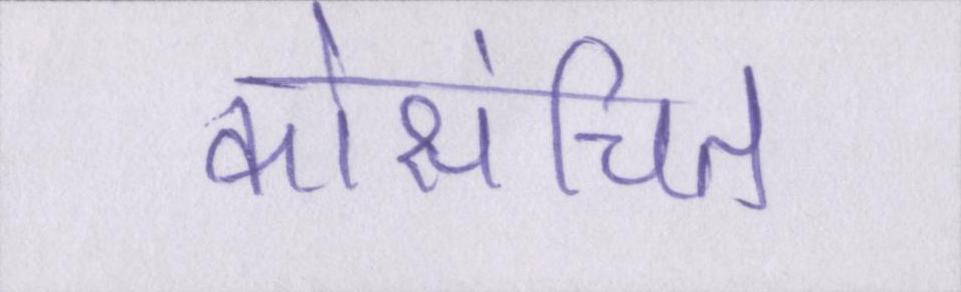
कोसंचित